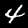
Label: 4